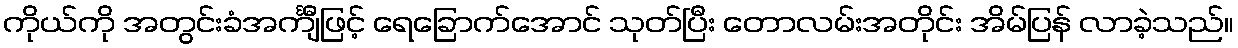
ကိုယ်ကို အတွင်းခံအင်္ကျီဖြင့် ရေခြောက်အောင် သုတ်ပြီး တောလမ်းအတိုင်း အိမ်ပြန် လာခဲ့သည်။